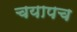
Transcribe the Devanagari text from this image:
चयापच